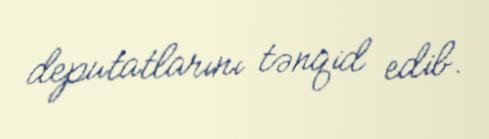
deputatlarını tənqid edib.